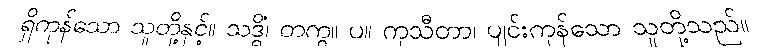
ရှိကုန်သော သူတို့နှင့်။ သဒ္ဓိံ၊ တကွ။ ပ။ ကုသီတာ၊ ပျင်းကုန်သော သူတို့သည်။